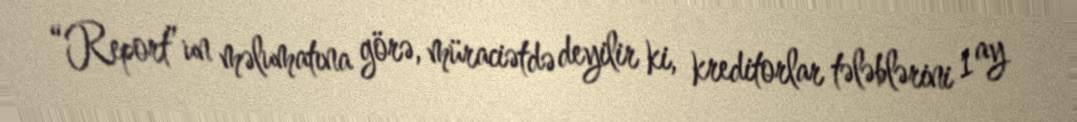
“Report”un məlumatına görə, müraciətdə deyilir ki, kreditorlar tələblərini 1 ay